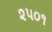
૨૫૦૧